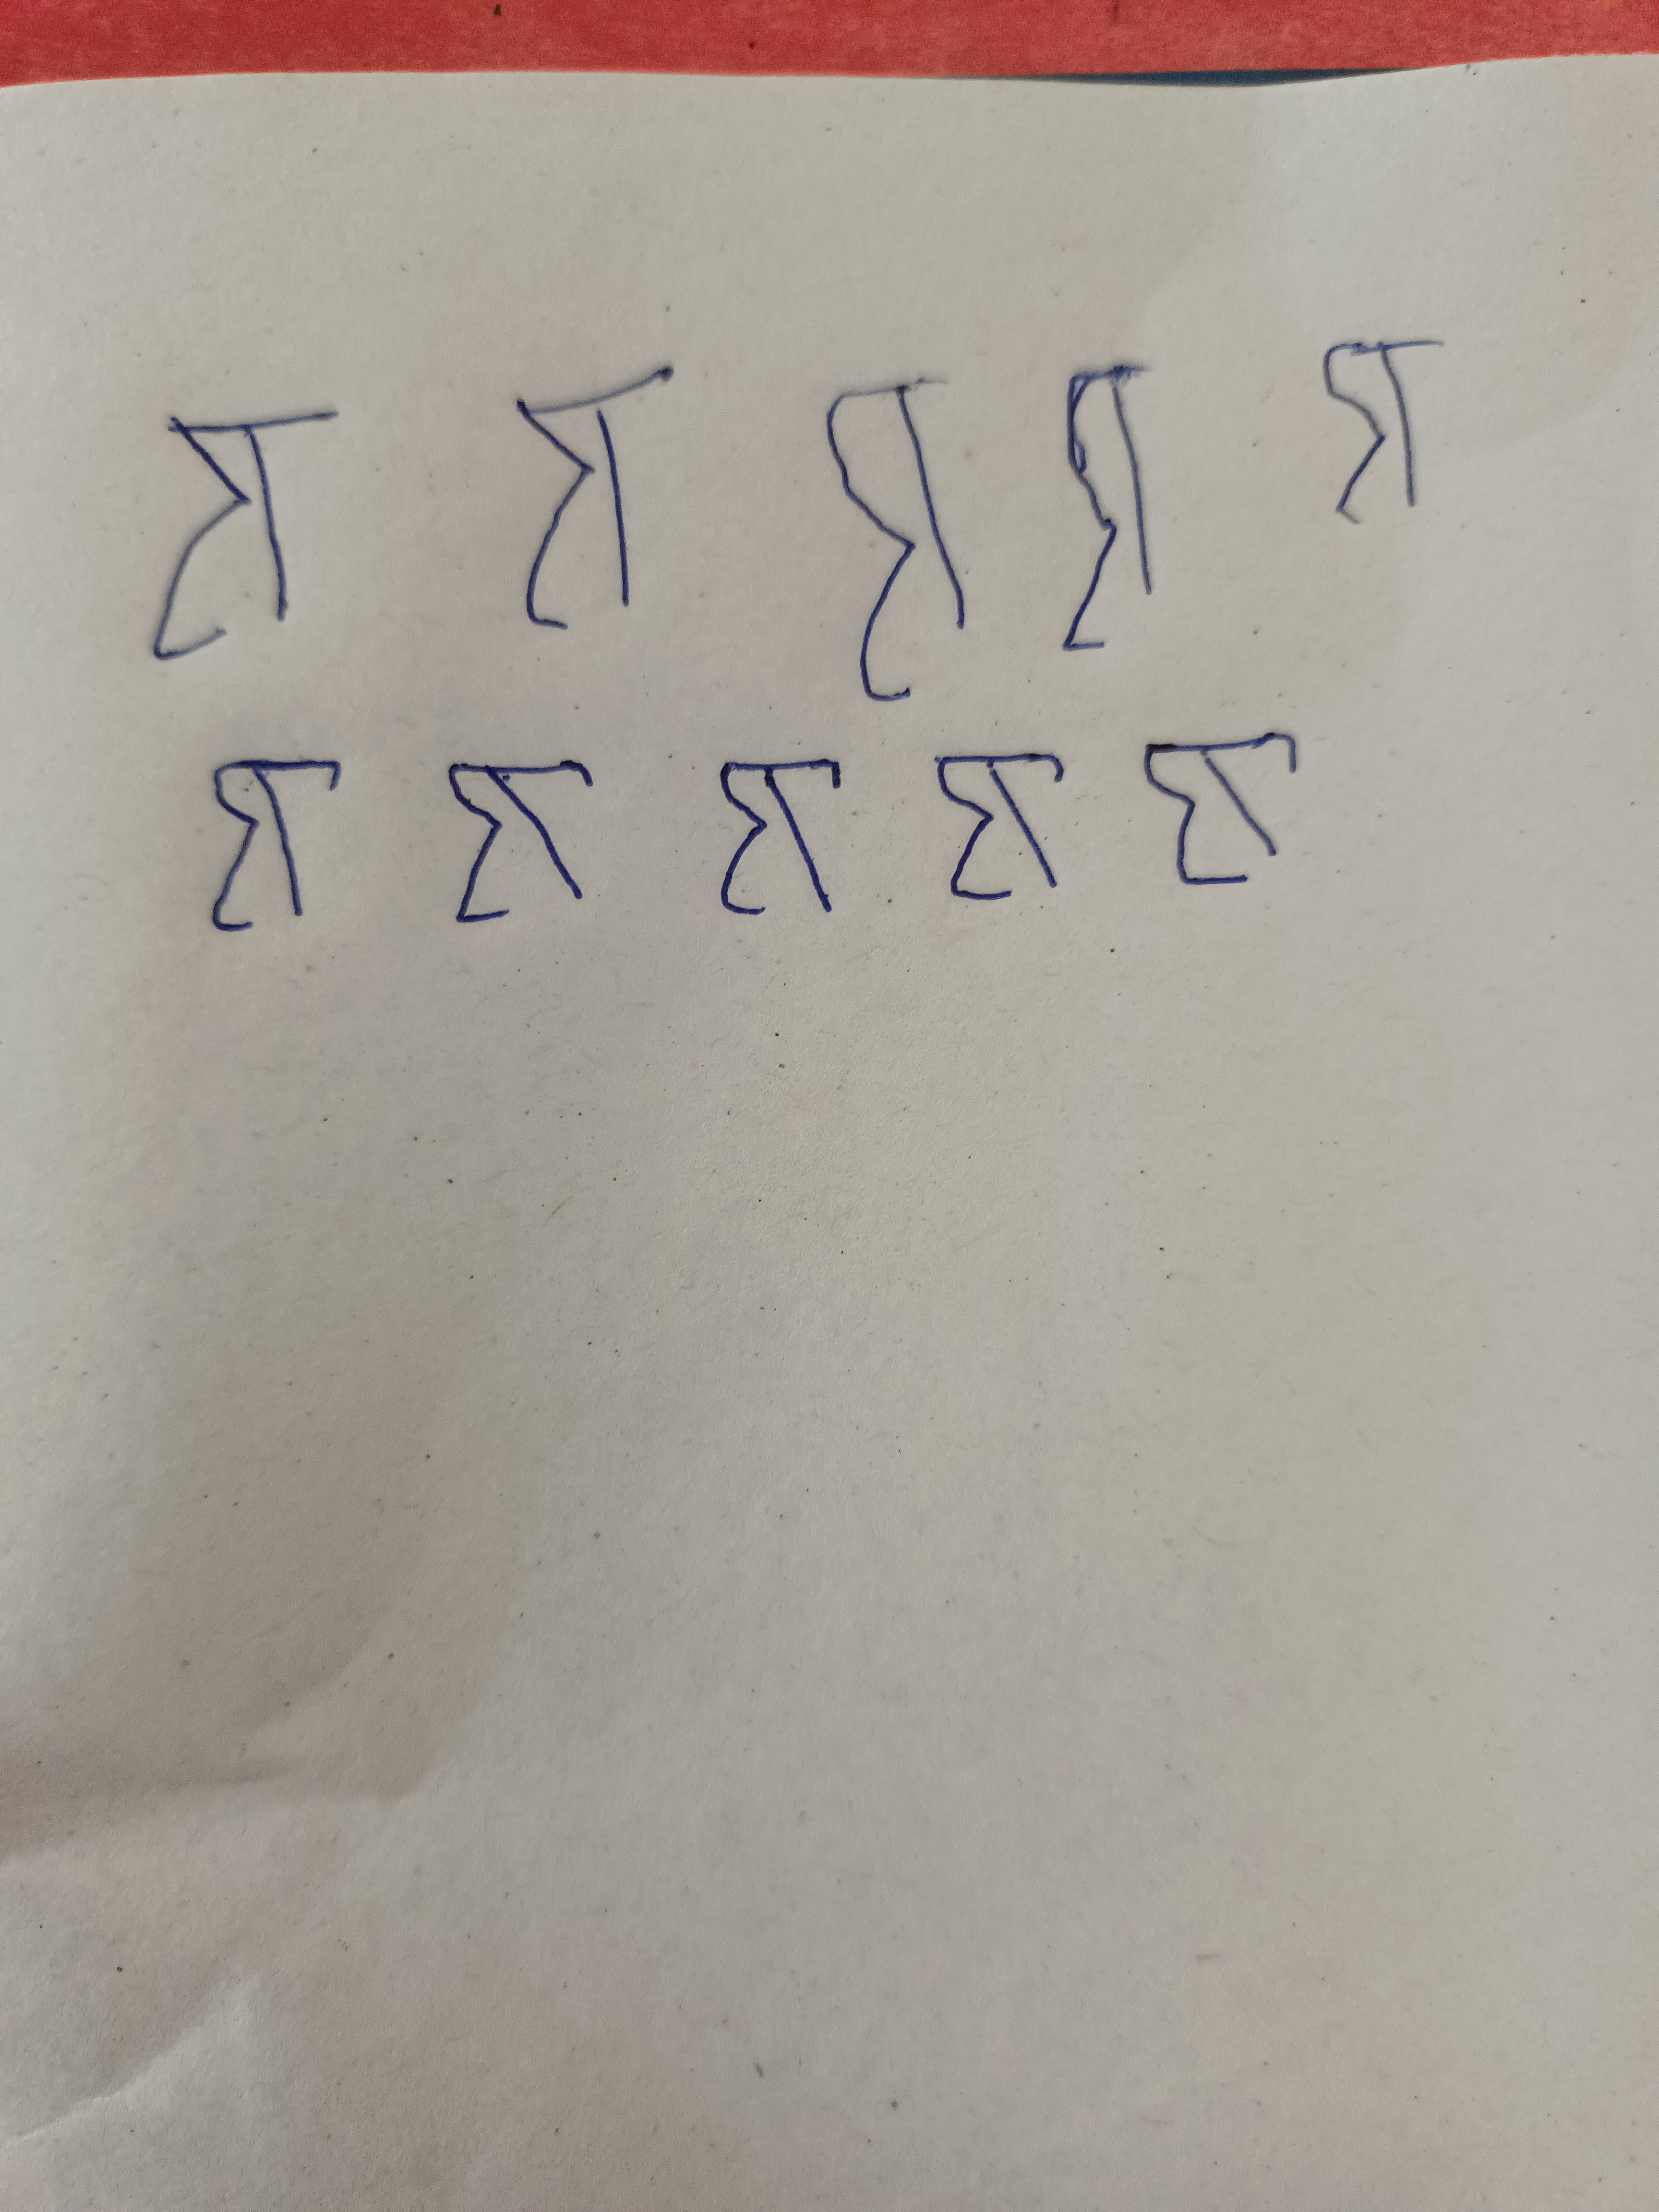
Signature authenticity: forged